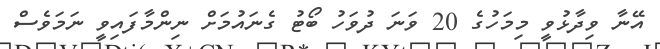
އޭނާ ވިދާޅުވީ މިމަހުގެ 20 ވަނަ ދުވަހު ބޯޓު ގެނައުމަށް ނިންމާފައިވީ ނަމަވެސް